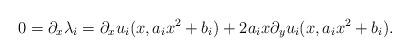
LaTeX: \begin{align*} 0=\partial_x \lambda_i=\partial_x u_i(x,a_i x^2 +b_i) + 2 a_i x\partial_y u_i(x,a_i x^2 +b_i). \end{align*}